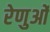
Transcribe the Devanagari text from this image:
रेणुओं